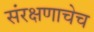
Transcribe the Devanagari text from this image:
संरक्षणाचेच